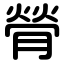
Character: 膋